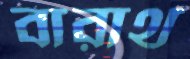
বারাথ